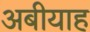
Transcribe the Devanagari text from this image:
अबीयाह